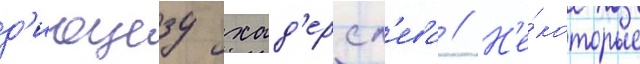
д'иоцезу хад'ерсл'ева // Н'е́которые